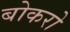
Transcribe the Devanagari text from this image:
बोकरो